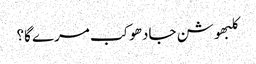
کلبھوشن جادھو کب مرے گا؟